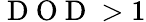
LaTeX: \mathrm{~D~O~D~}>1